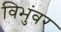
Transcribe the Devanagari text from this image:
विभुंवर